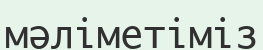
мәліметіміз